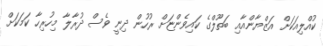
ކުއްލިއަކަށް އަޒްޔާންއާއި ބަތޫލްގެ ކައިވެންޏަށް ރުހުން ދިނީ ވެސް ދުރާލާ މިހުރިހާ ކަމަކަށް